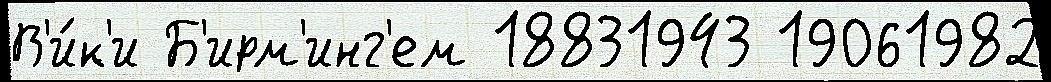
В'и́к'и Б'ирм'инг'ем 18831943 19061982